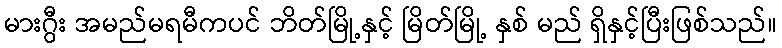
မားဂွီး အမည်မရမီကပင် ဘိတ်မြို့နှင့် မြိတ်မြို့ နှစ် မည် ရှိနှင့်ပြီးဖြစ်သည်။